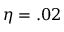
\eta = . 0 2